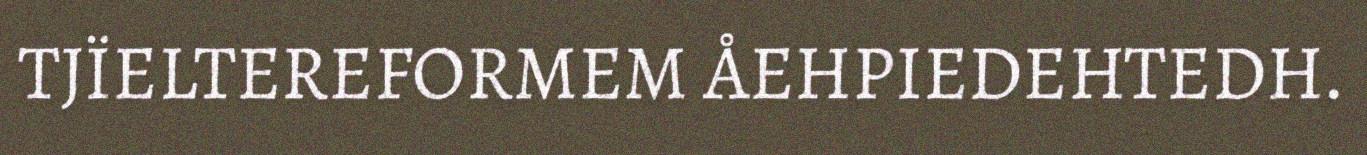
TJÏELTEREFORMEM ÅEHPIEDEHTEDH.